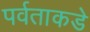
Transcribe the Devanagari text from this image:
पर्वताकडे